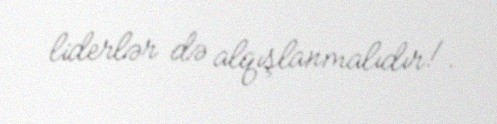
liderlər də alqışlanmalıdır!.